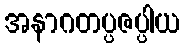
အနာဂတပ္ပဇပ္ပါယ